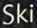
Ski